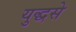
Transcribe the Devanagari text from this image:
युद्धसे